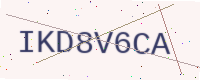
Text: IKD8V6CA